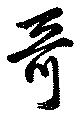
哥